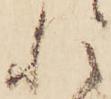
れ